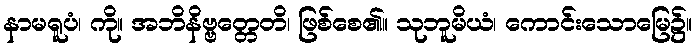
နာမရူပံ၊ ကို။ အဘိနိဗ္ဗတ္တေတိ၊ ဖြစ်စေ၏။ သုဘူမိယံ၊ ကောင်းသောမြေ၌။